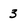
Character: 3